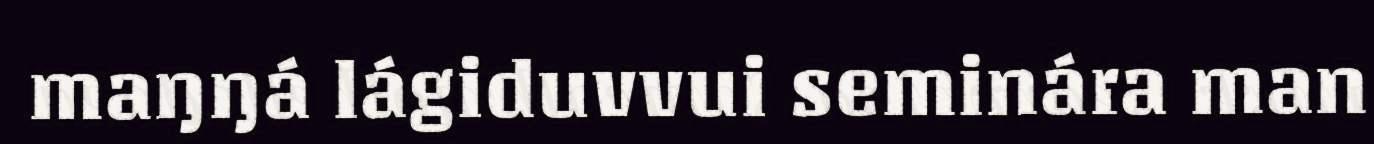
maŋŋá lágiduvvui seminára man